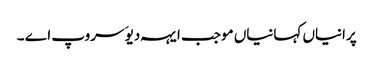
پرانیاں کہانیاں موجب ایہہ دیوَ سروپ اے ۔